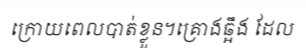
ក្រោយពេលបាត់ខ្លួន។គ្រោងឆ្អឹង ដែល